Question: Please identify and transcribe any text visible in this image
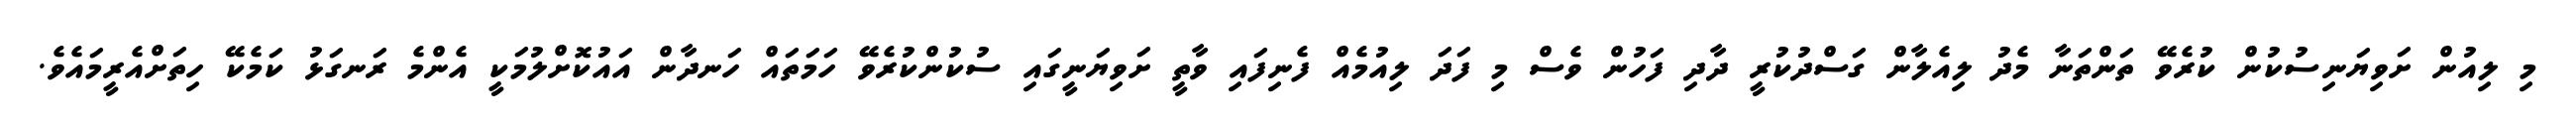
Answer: މި ލިއުން ށަވިޔަނިސުކުން ކުރެވޭ ތަންތަނާ މެދު ލިއެލާން ގަސްދުކުރީ ދާދި ފަހުން ވެސް މި ފަދަ ލިއުމެއް ފެނިފައި ވާތީ ށަވިޔަނީގައި ސުކުންކުރެވޭ ހަމަތައް ހަނދާން އައުކޮށްލުމަކީ އެންމެ ރަނގަޅު ކަމެކޭ ހިތަށްއެރީމައެވެ.